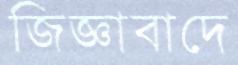
জিজ্ঞাবাদে